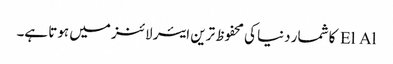
El Al کا شمار دنیا کی محفوظ ترین ایئر لائنز میں ہوتا ہے۔